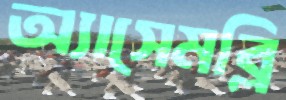
অ্যাসেমব্লি